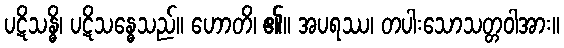
ပဋိသန္ဓိ၊ ပဋိသန္ဓေသည်။ ဟောတိ၊ ၏။ အပရဿ၊ တပါးသောသတ္တဝါအား။